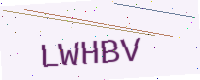
Text: LWHBV